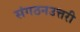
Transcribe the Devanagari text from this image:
संगठनउत्तरी